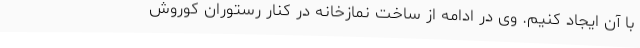
با آن ایجاد کنیم. وی در ادامه از ساخت نمازخانه در کنار رستوران کوروش